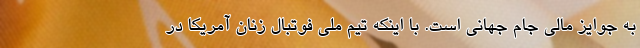
به جوایز مالی جام جهانی است. با اینکه تیم ملی فوتبال زنان آمریکا در